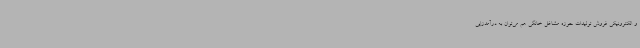
و الکترونیکی فروش تولیدات حوزه مشاغل خانگی هم می‌توان به درآمدزایی